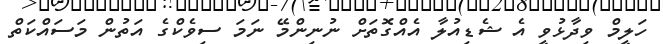
ހަލީމް ވިދާޅުވީ އެ ޝެޑިއުލާ އެއްގޮތަށް ނުނިންމޭ ނަމަ ސިވެކްގެ އަތުން މަސައްކަތް